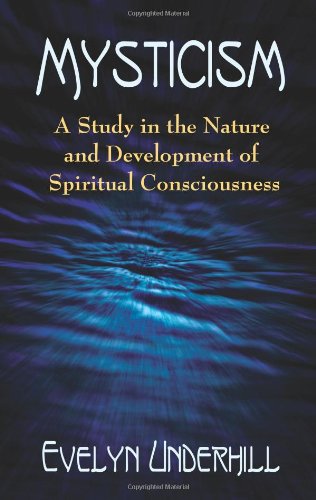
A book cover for Mysticism: A Study in the Nature and Development of Spiritual Consciousness; Evelyn Underhill; Religion & Spirituality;